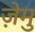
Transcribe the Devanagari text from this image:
ज़ेमु